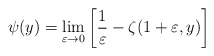
\begin{align*}\psi(y)=\lim_{\varepsilon\rightarrow0}\left[\frac1\varepsilon-\zeta(1+\varepsilon,y)\right]\end{align*}